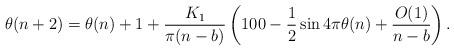
LaTeX: \begin{align*}\theta(n+2)=\theta(n)+1+\frac{K_1}{\pi(n-b)}\left(100-\frac{1}{2}\sin4\pi\theta(n)+\frac{O(1)}{n-b}\right).\end{align*}